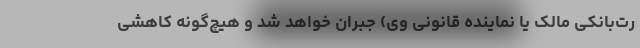
رت‌بانکی مالک یا نماینده قانونی وی) جبران خواهد شد و هیچ‌گونه کاهشی